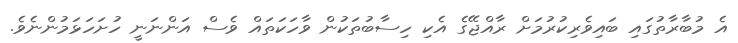
އެ މުބާރާތުގައި ބައިވެރިކުރުމަށް ރާއްޖޭގެ އެކި ހިސާބުތަކުން ވާހަކަތައް ވެސް އަންނަނީ ހުށަހަޅަމުންނެވެ.